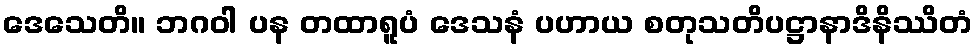
ဒေသေတိ။ ဘဂဝါ ပန တထာရူပံ ဒေသနံ ပဟာယ စတုသတိပဋ္ဌာနာဒိနိဿိတံ